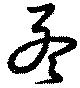
孟